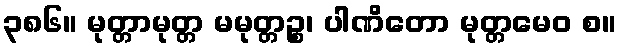
၃၈၆။ မုတ္တာမုတ္တ မမုတ္တဉ္စ၊ ပါဏိတော မုတ္တမေဝ စ။